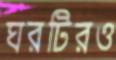
ঘরটিরও